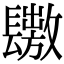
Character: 𨲶